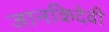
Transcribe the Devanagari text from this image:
जानकिदेवी